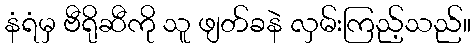
နံရံမှ ဗီရိုဆီကို သူ ဖျတ်ခနဲ လှမ်းကြည့်သည်။